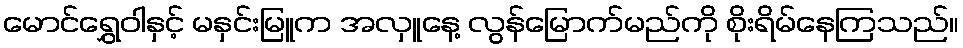
မောင်ရွှေဝါနှင့် မနှင်းမြူက အလှူနေ့ လွန်မြောက်မည်ကို စိုးရိမ်နေကြသည်။